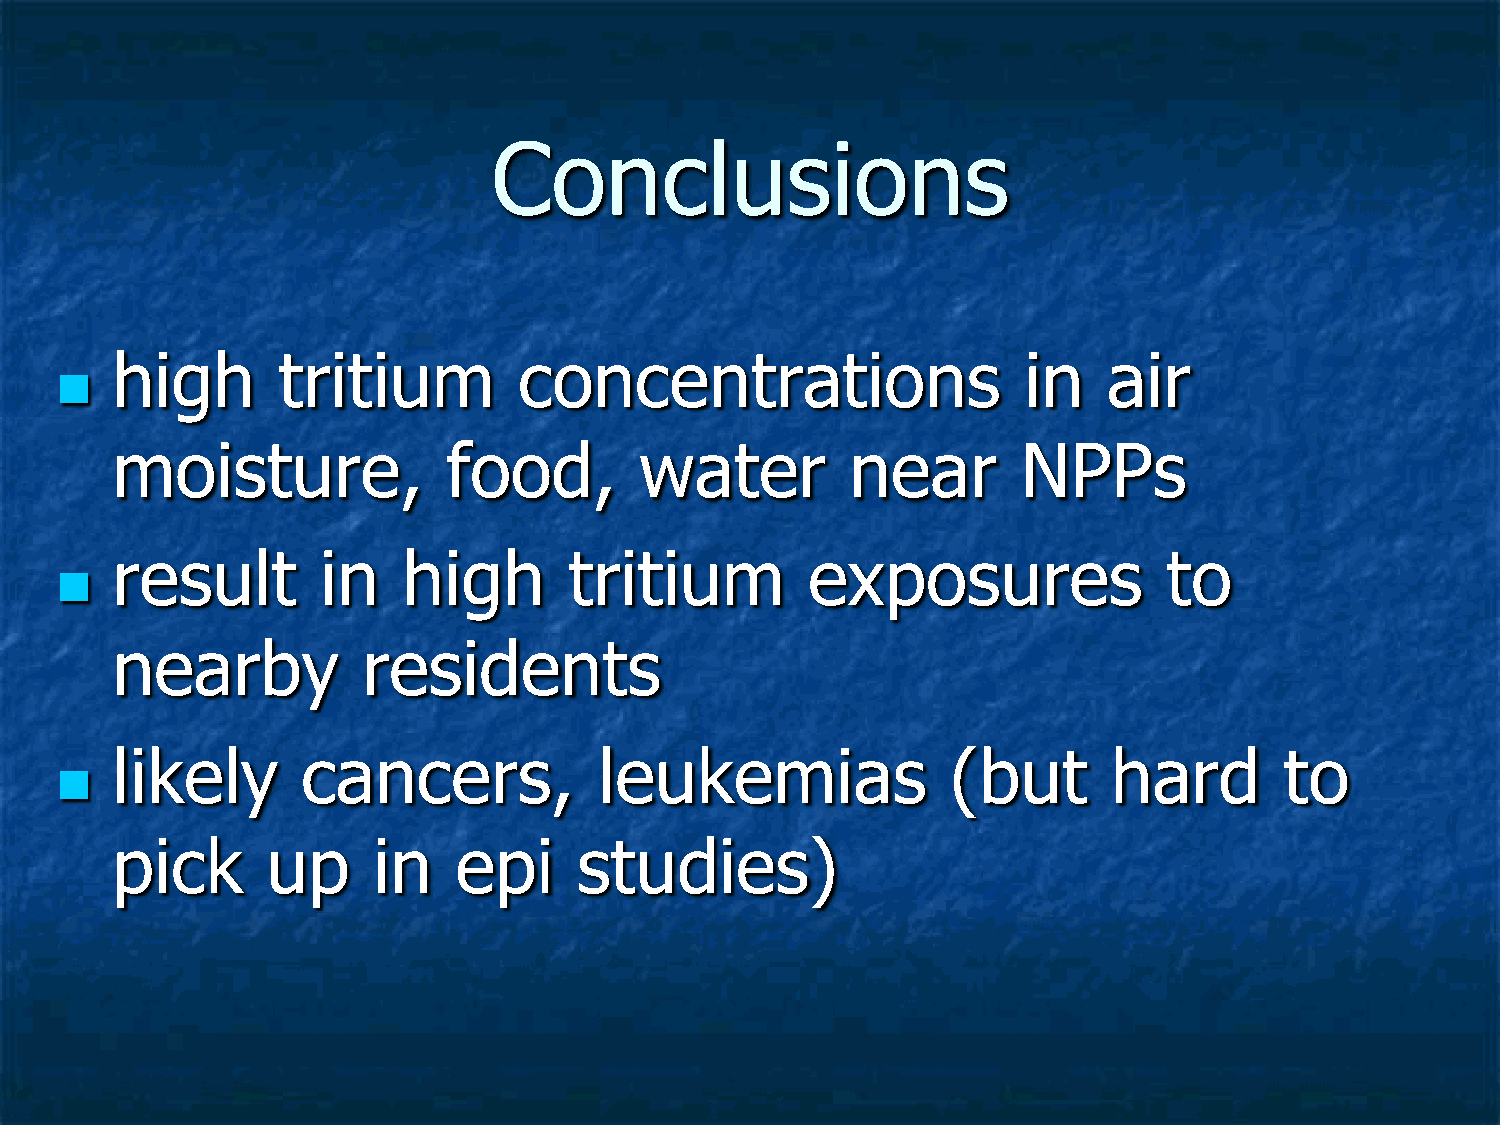
Conclusions
 high       tritium         concentrations                    in   air
 
 moisture,              food,       water         near        NPPs
 result        in    high       tritium         exposures              to
 
 nearby           residents
 likely       cancers,            leukemias              (but       hard       to
 
 pick       up     in   epi     studies)